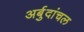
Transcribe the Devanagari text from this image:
अर्बुदांचल